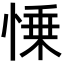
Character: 𢜼